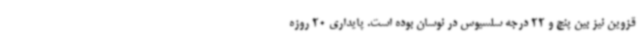
قزوین نیز بین پنج و 22 درجه سلسیوس در نوسان بوده است. پایداری 20 روزه